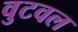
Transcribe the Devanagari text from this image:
वुटवल